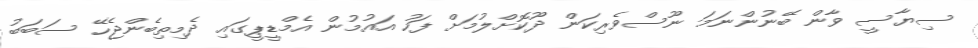
ސިޔާސީ ވާން ބޭނުންނަމަ ނޫސްވެރިކަން ދޫކޮށްލުމަށް ފަހު އައުމުން އެމްޑީޕީގައި ދެމިތިބެންޖެހޭ ސަބަބު